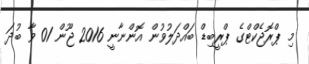
މި ޕްރޮޖެކްޓްގެ ޕްރީބިޑް ބައްދަލުވުން އޮންނާނީ 2016 ޖޫން 01 ވާ ބުދަ